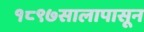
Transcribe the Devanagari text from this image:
१८९७सालापासून